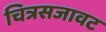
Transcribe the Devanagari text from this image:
चित्रसजावट